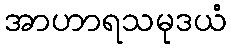
အာဟာရသမုဒယံ